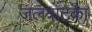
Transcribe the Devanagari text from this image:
जलत्राटका